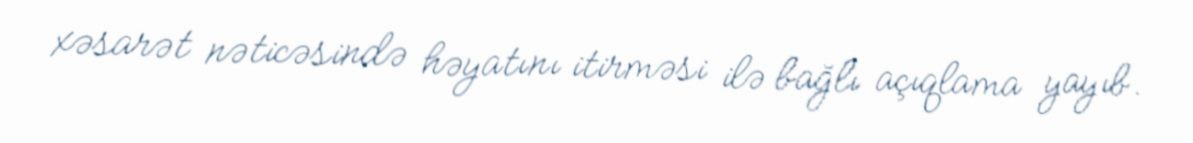
xəsarət nəticəsində həyatını itirməsi ilə bağlı açıqlama yayıb.